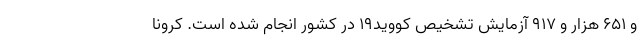
و ۶۵۱ هزار و ۹۱۷ آزمایش تشخیص کووید۱۹ در کشور انجام شده است. کرونا